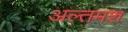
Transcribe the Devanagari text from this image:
अल्‍तमश